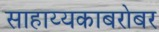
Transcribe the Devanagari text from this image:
साहाय्यकाबरोबर